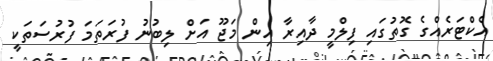
އެކްޓަރެއްގެ ގޮތުގައި ފިލްމީ ދާއިރާ އިން މަޖޫ އަށް ލިބުނު ފުރަތަމަ ފުރުސަތަކީ